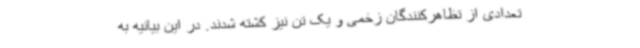
تعدادی از تظاهرکنندگان زخمی و یک تن نیز کشته شدند. در این بیانیه به